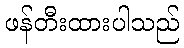
ဖန်တီးထားပါသည်